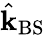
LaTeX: \hat{\mathbf{k}}_{\mathrm{BS}}